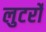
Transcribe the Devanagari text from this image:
लुटर्रों